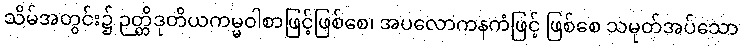
သိမ်အတွင်း၌ ဉတ္တိဒုတိယကမ္မဝါစာဖြင့်ဖြစ်စေ၊ အပလောကနကံဖြင့် ဖြစ်စေ သမုတ်အပ်သော